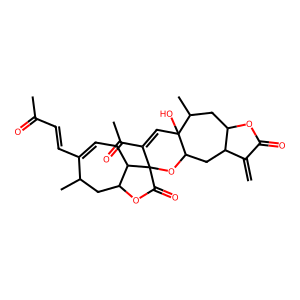
SMILES: C=C1C(=O)OC2CC(C)C3(O)C=C(C(C)=O)C4(OC3CC12)C(=O)OC1CC(C)C(C=CC(C)=O)=CCC14
Inhibits HIV replication: No